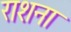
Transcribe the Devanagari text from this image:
राशना